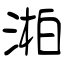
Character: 湐